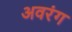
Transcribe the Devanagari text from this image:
अवरंग